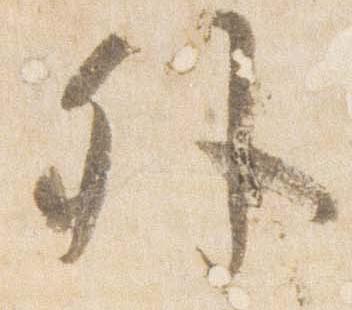
外